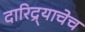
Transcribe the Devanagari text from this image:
दारिद्र्याचेच